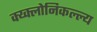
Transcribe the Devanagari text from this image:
क्य्क्लोनिकल्ल्य